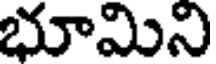
భూమిని